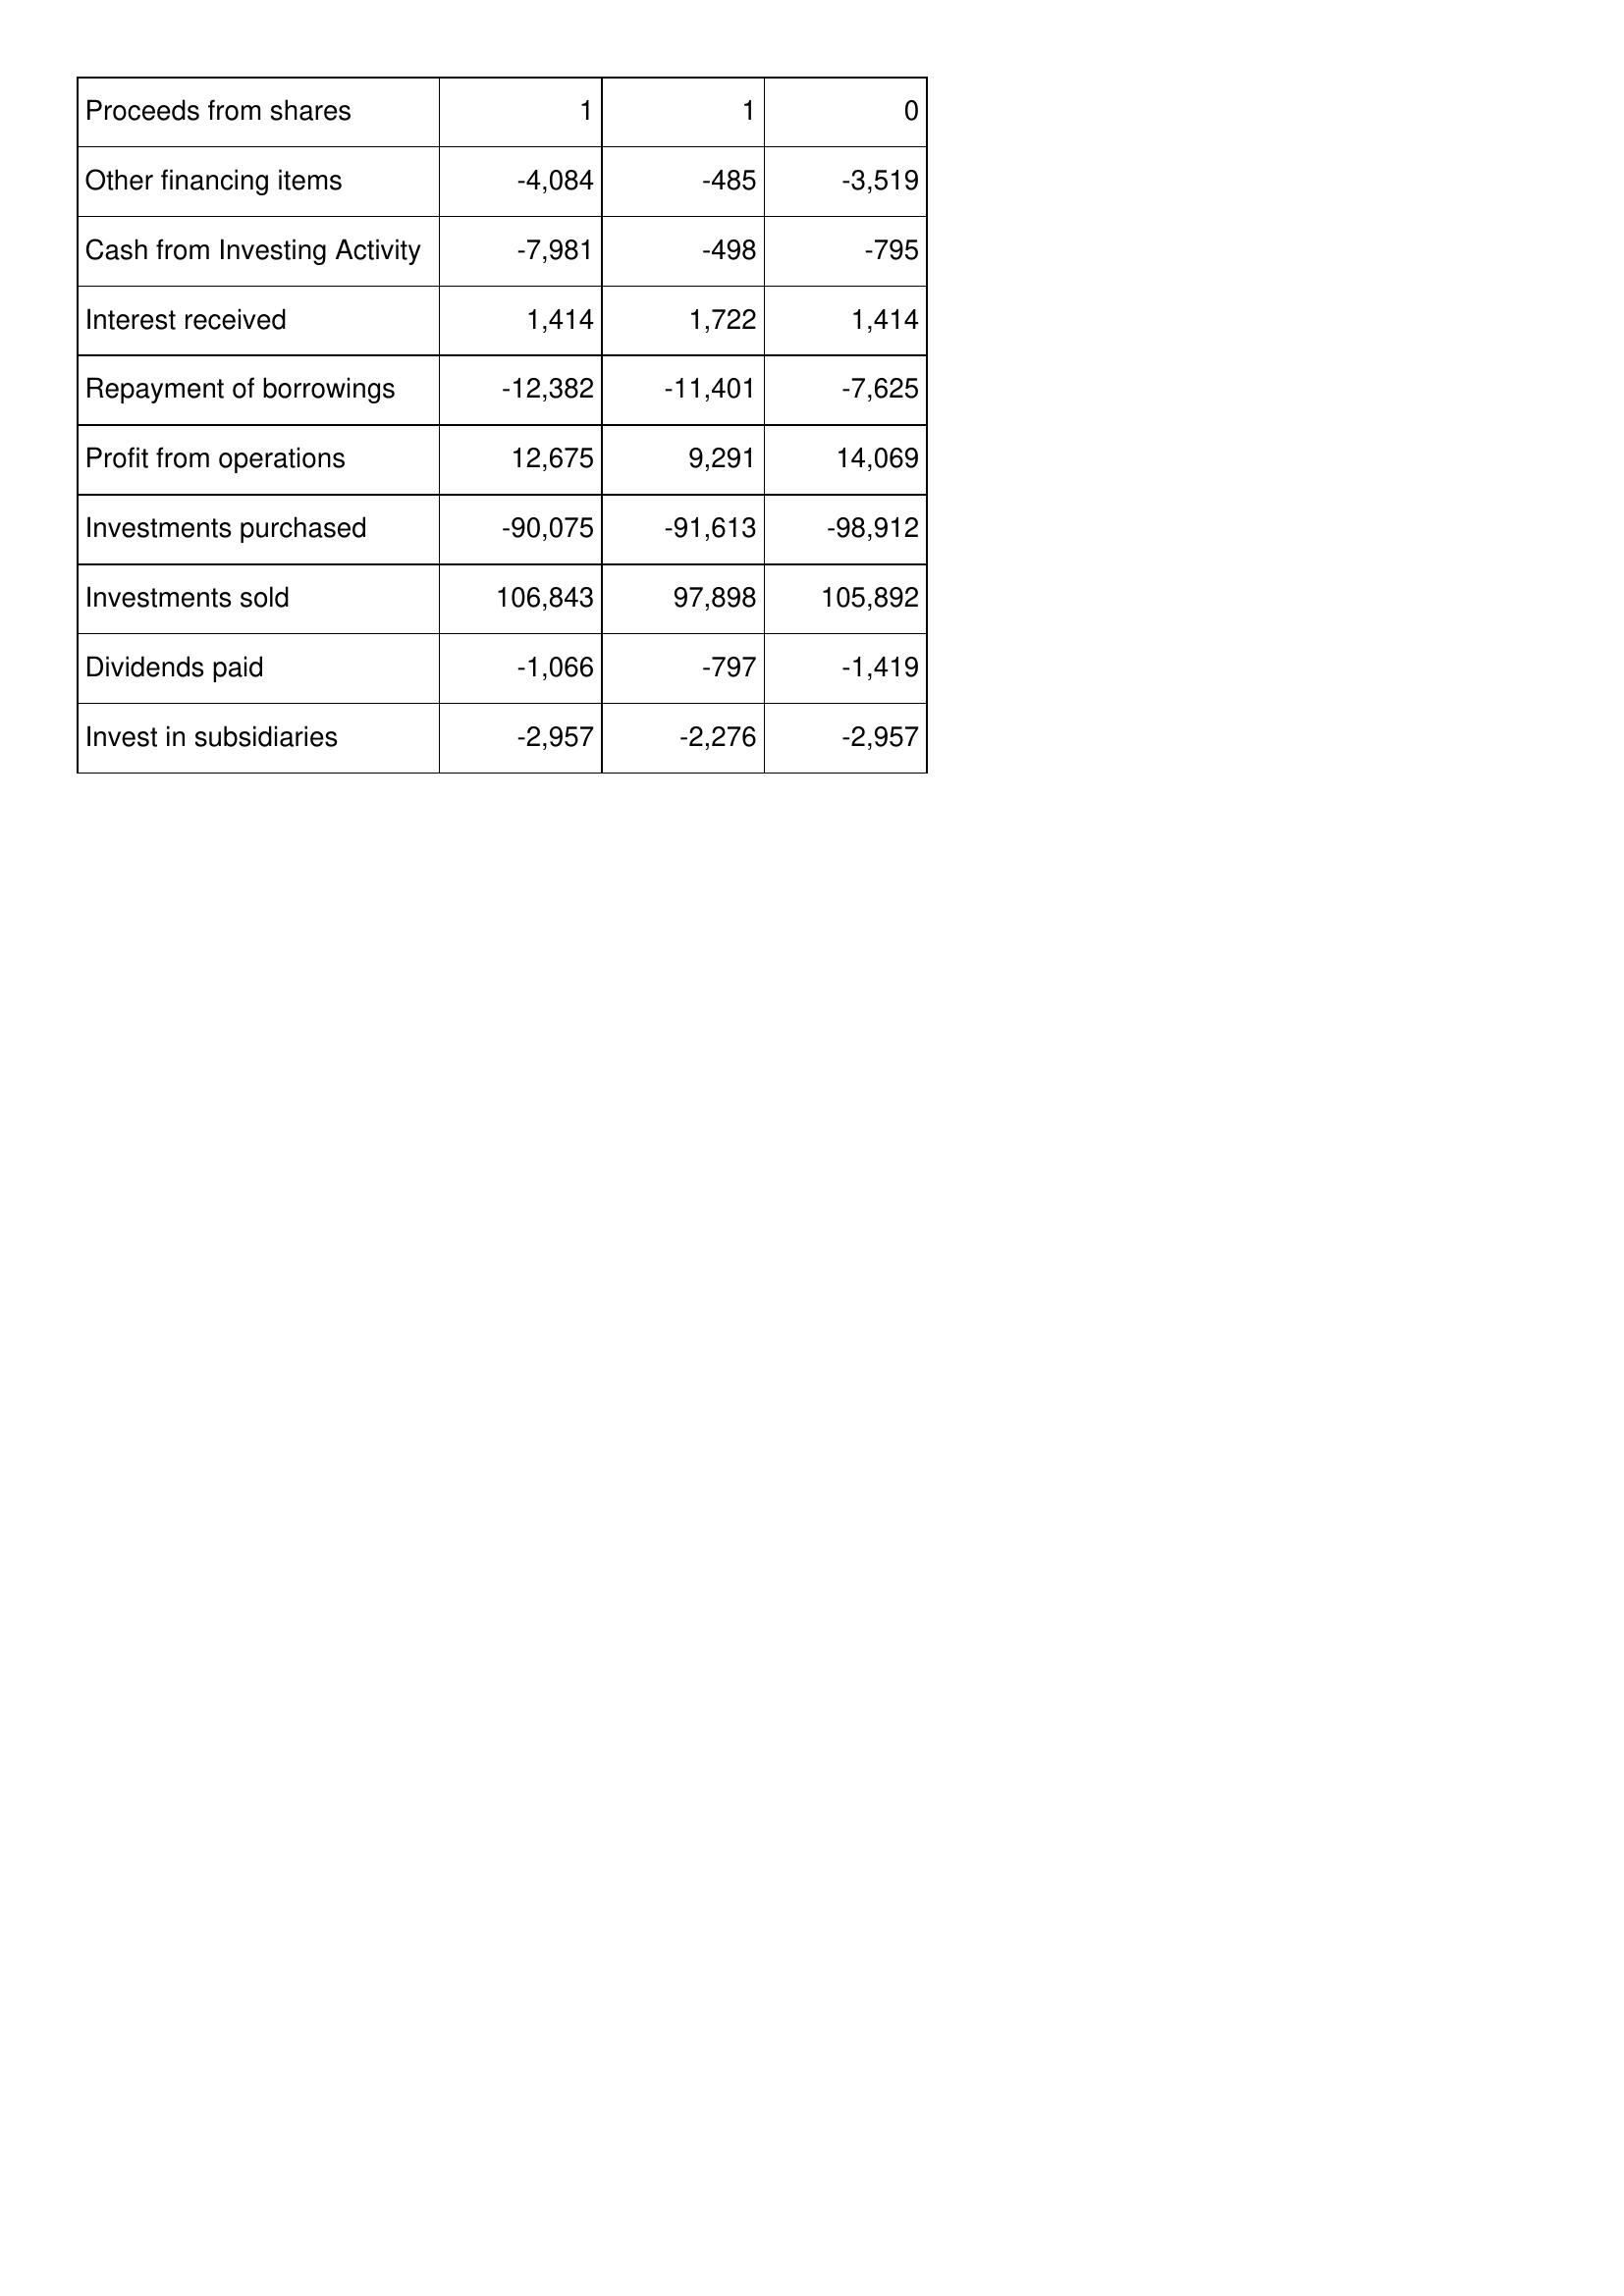
Jul-09: Cash Flows: Proceeds from shares: 1
Other financing items: -4,084
Cash from Investing Activity: -7,981
Interest received: 1,414
Repayment of borrowings: -12,382
Profit from operations: 12,675
Investments purchased: -90,075
Investments sold: 106,843
Dividends paid: -1,066
Invest in subsidiaries: -2,957
Jul-08: Cash Flows: Proceeds from shares: 1
Other financing items: -485
Cash from Investing Activity: -498
Interest received: 1,722
Repayment of borrowings: -11,401
Profit from operations: 9,291
Investments purchased: -91,613
Investments sold: 97,898
Dividends paid: -797
Invest in subsidiaries: -2,276
Jul-07: Cash Flows: Proceeds from shares: 0
Other financing items: -3,519
Cash from Investing Activity: -795
Interest received: 1,414
Repayment of borrowings: -7,625
Profit from operations: 14,069
Investments purchased: -98,912
Investments sold: 105,892
Dividends paid: -1,419
Invest in subsidiaries: -2,957